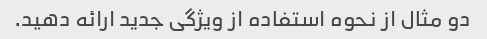
دو مثال از نحوه استفاده از ویژگی جدید ارائه دهید.